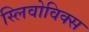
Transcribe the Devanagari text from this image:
स्लिवोविक्स